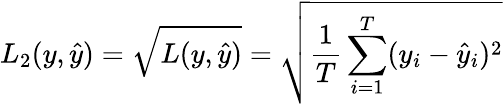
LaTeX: L_{2}(y,\hat{y})=\sqrt{L(y,\hat{y})}=\sqrt{\frac{1}{T}\sum_{i=1}^{T}(y_{i}-\hat{y}_{i})^{2}}